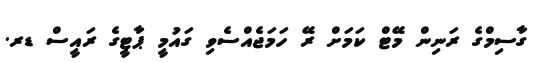
ގާސިމްގެ ރަނިން މޭޓް ކަމަށް ރޭ ހަމަޖެއްސެވި ގައުމީ ޕާޓީގެ ރައީސް ޑރ.